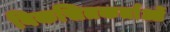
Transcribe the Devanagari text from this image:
विकसितकर्ताओं